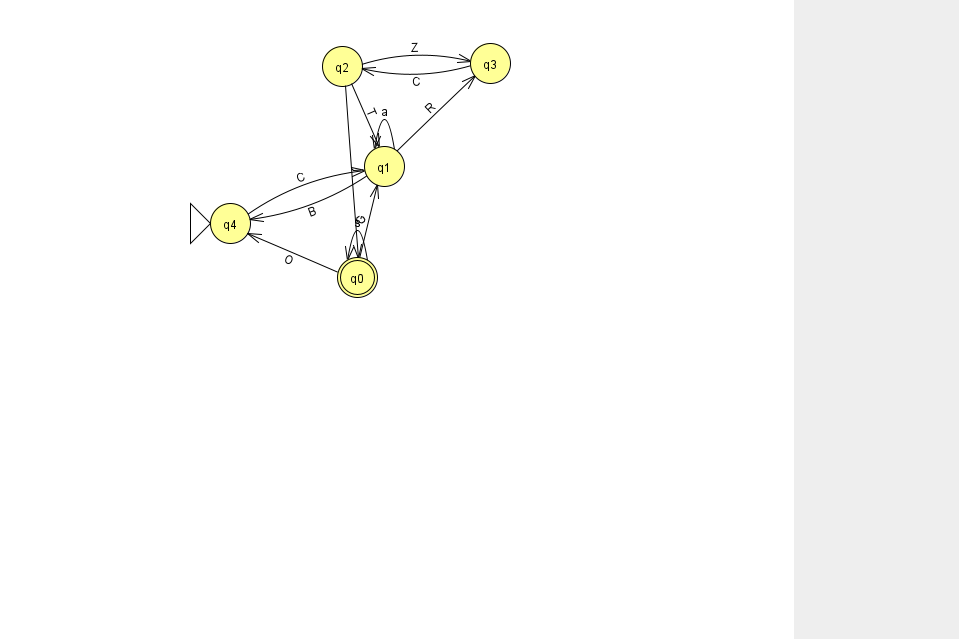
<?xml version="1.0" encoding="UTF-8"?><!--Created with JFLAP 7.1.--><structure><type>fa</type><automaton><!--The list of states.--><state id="0" name="q0"><x>357.0</x><y>264.0</y><final/></state><state id="1" name="q1"><x>384.0</x><y>153.0</y></state><state id="2" name="q2"><x>342.0</x><y>53.0</y></state><state id="3" name="q3"><x>490.0</x><y>50.0</y></state><state id="4" name="q4"><x>230.0</x><y>210.0</y><initial/></state><!--The list of transitions.--><transition><from>1</from><to>1</to><read>a</read></transition><transition><from>2</from><to>3</to><read>Z</read></transition><transition><from>0</from><to>0</to><read>s</read></transition><transition><from>1</from><to>3</to><read>R</read></transition><transition><from>0</from><to>1</to><read>G</read></transition><transition><from>2</from><to>0</to><read>j</read></transition><transition><from>3</from><to>2</to><read>C</read></transition><transition><from>4</from><to>1</to><read>C</read></transition><transition><from>1</from><to>4</to><read>B</read></transition><transition><from>2</from><to>1</to><read>T</read></transition><transition><from>0</from><to>4</to><read>O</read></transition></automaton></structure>